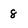
Character: 8